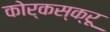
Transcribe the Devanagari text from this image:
कोर्कस्क्रू